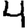
Digit: 4